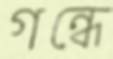
গন্ধে